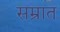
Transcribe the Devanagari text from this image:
सम्रात